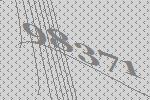
98371